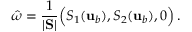
\boldsymbol { \hat { \omega } } = \frac { 1 } { | \mathbf { S } | } \Big ( S _ { 1 } ( { \mathbf { u } } _ { b } ) , S _ { 2 } ( { \mathbf { u } } _ { b } ) , 0 \Big ) \, .